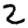
Digit: 2